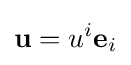
\mathbf {u} =u^{i}\mathbf {e} _{i}